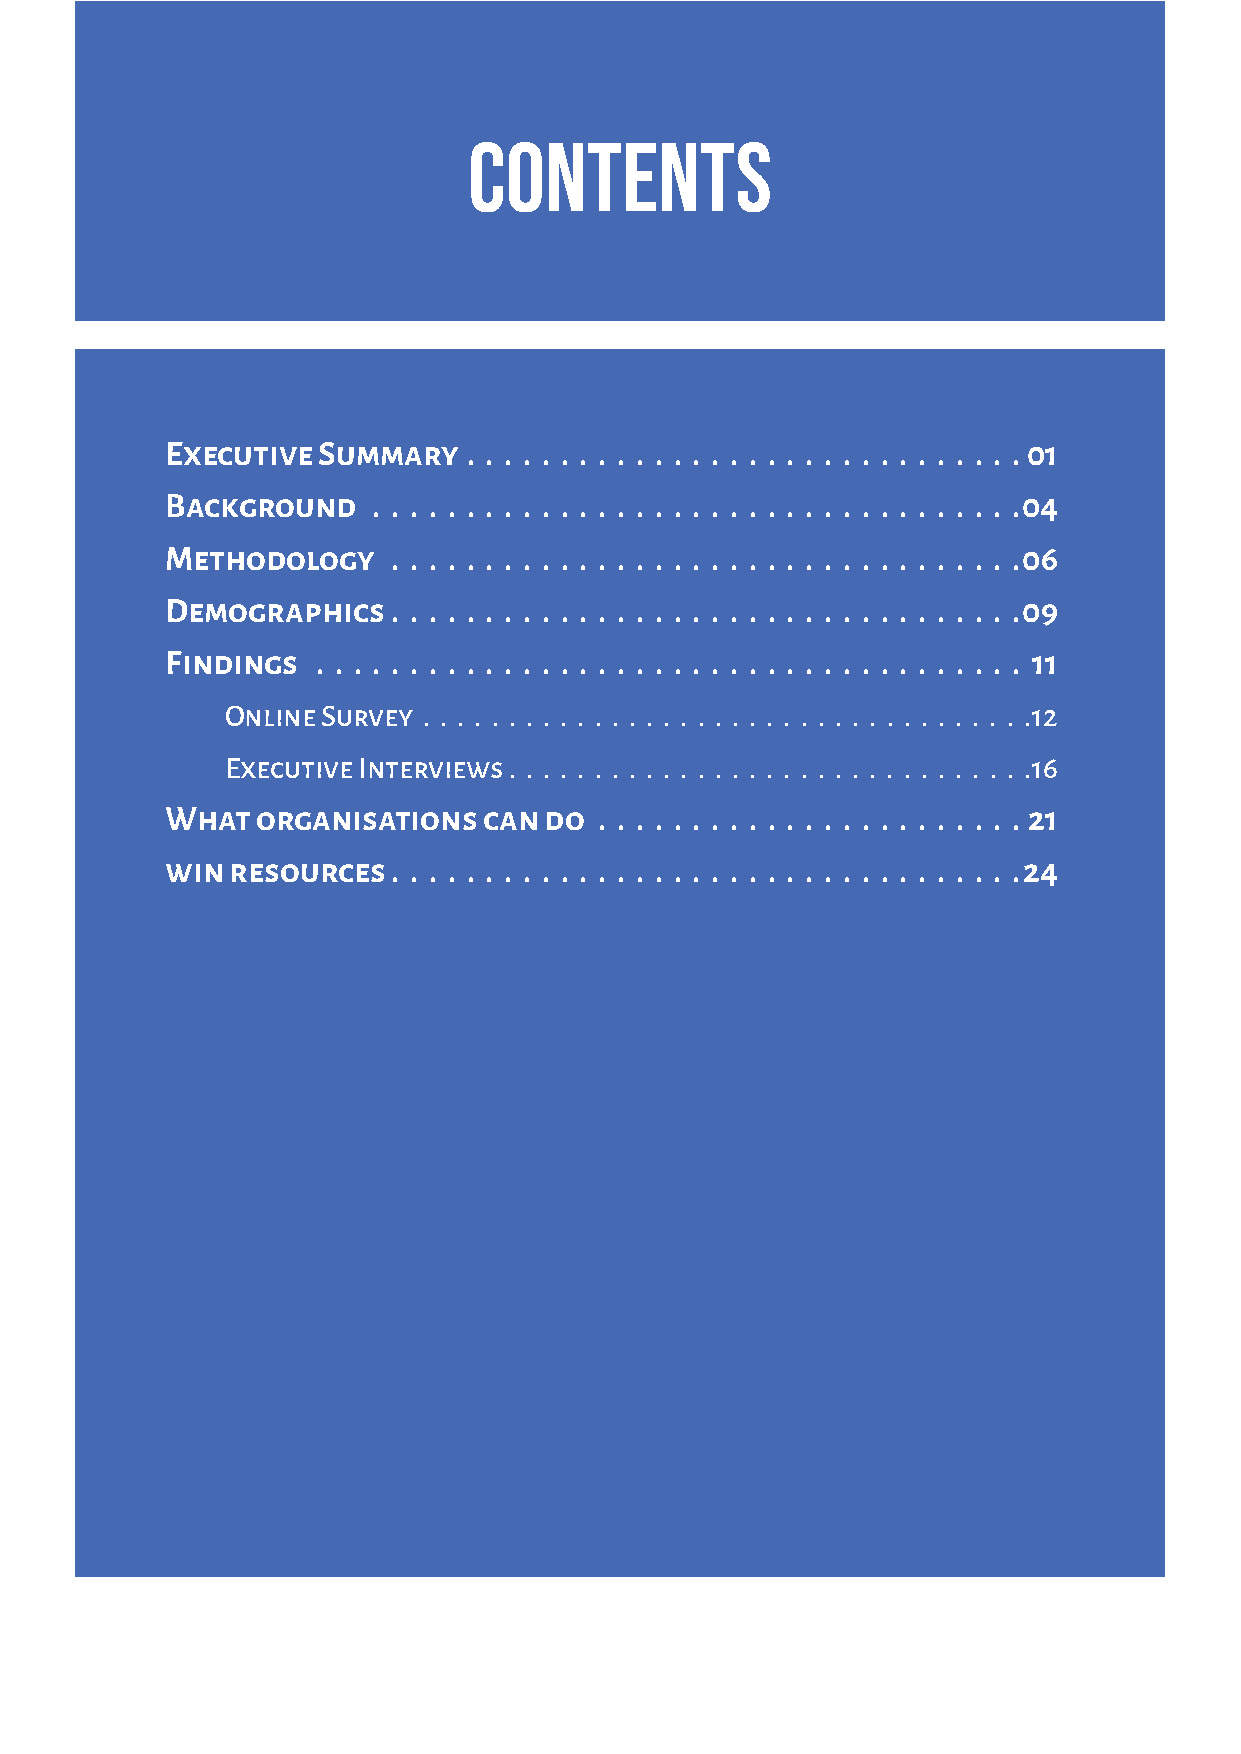
CONTENTS
 Executive Summary   � � � � � � � � � � � � � � � � � � � � � � � � � � � � � � 01
 Background    � � � � � � � � � � � � � � � � � � � � � � � � � � � � � � � � � � �04
 Methodology    � � � � � � � � � � � � � � � � � � � � � � � � � � � � � � � � � �06
 Demographics   � � � � � � � � � � � � � � � � � � � � � � � � � � � � � � � � � �09
 Findings  � � � � � � � � � � � � � � � � � � � � � � � � � � � � � � � � � � � � � � 11
 Online Survey . . . . . . . . . . . . . . . . . . . . . . . . . . . . . . . . . . . .12
 Executive Interviews . . . . . . . . . . . . . . . . . . . . . . . . . . . . . . .16
 What  organisations  can do  � � � � � � � � � � � � � � � � � � � � � � � 21
 win resources  � � � � � � � � � � � � � � � � � � � � � � � � � � � � � � � � � �24